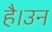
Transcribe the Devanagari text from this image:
है।उन